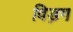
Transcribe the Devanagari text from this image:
विड़ग